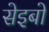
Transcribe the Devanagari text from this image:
सेइबो